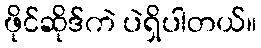
ဖိုင်ဆိုဒ်ကဲ ပဲရှိပါတယ်။